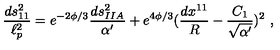
{ \frac { d s _ { 1 1 } ^ { 2 } } { \ell _ { p } ^ { 2 } } } = e ^ { - 2 \phi / 3 } { \frac { d s _ { I I A } ^ { 2 } } { \alpha ^ { \prime } } } + e ^ { 4 \phi / 3 } ( { \frac { d x ^ { 1 1 } } { R } } - { \frac { C _ { 1 } } { \sqrt { \alpha ^ { \prime } } } } ) ^ { 2 } \ ,